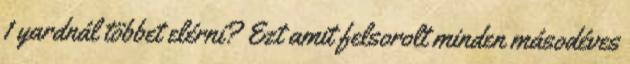
1 yardnál többet elérni? Ezt amit felsorolt minden másodéves